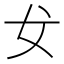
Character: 𰋵